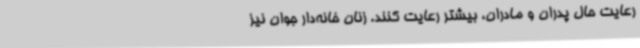
رعایت حال پدران و مادران، بیشتر رعایت کنند. زنان خانه‌دار جوان نیز